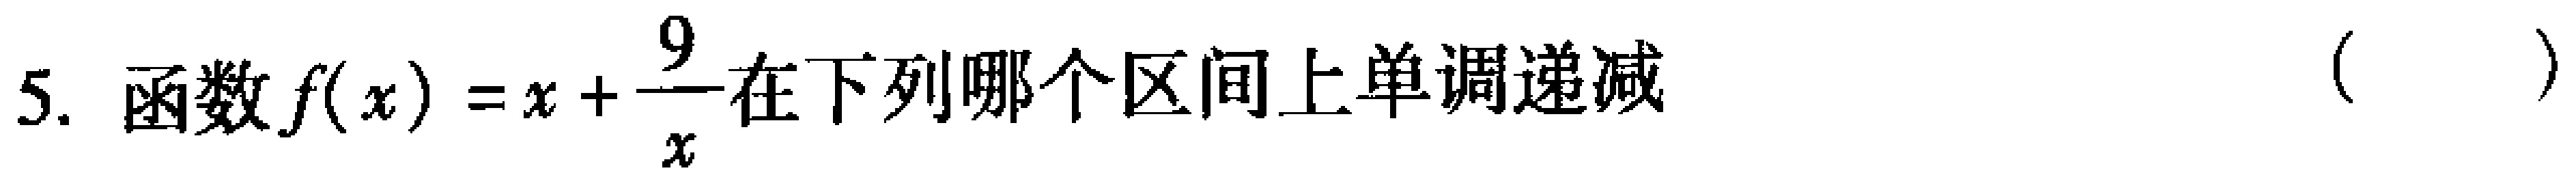
5. 函数\(f(x)=x+\frac{9}{x}\)在下列哪个区间上单调递减（  ）